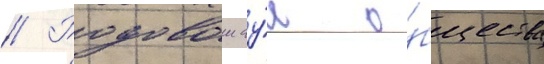
// Родовои ау́л о́бщества